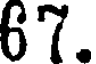
67.